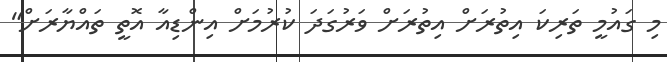
މި ގައުމީ ތަރިކަ އިތުރަށް އިތުރަށް ވަރުގަދަ ކުރުމަށް އިންޑިއާ އޮތީ ތައްޔާރަށް"